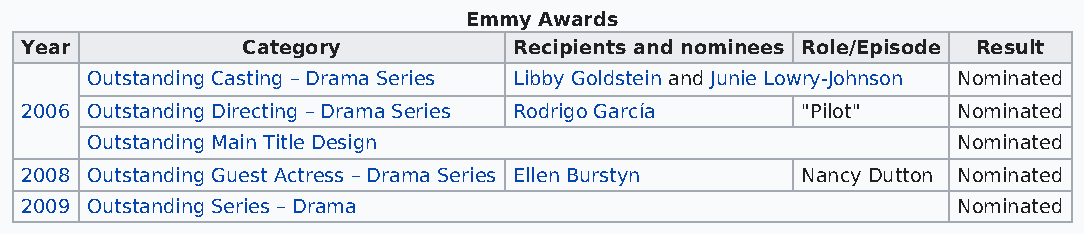
Emmy Awards
 Year           Category          Recipients and nominees Role/Episode Result
 Outstanding Casting – Drama Series Libby Goldstein and Junie Lowry-Johnson Nominated
 2006 Outstanding Directing – Drama Series Rodrigo García "Pilot" Nominated
 Outstanding Main Title Design                            Nominated
 2008 Outstanding Guest Actress – Drama Series Ellen Burstyn Nancy Dutton Nominated
 2009 Outstanding Series – Drama                               Nominated